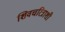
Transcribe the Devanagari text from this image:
शिवचरित्राशी